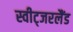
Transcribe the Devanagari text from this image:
स्वीट्‍जरलैंड